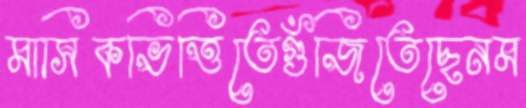
মাসিকভিত্তিতেগুঁজিতেছেনম